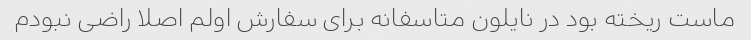
ماست ریخته بود در نایلون متاسفانه برای سفارش اولم اصلا راضی نبودم